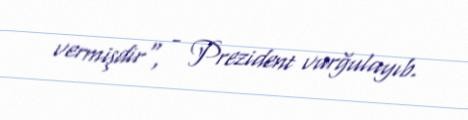
vermişdir", - Prezident vurğulayıb.